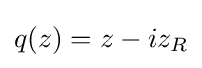
q(z)=z-iz_{R}